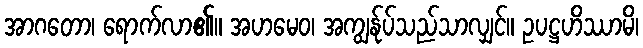
အာဂတော၊ ရောက်လာ၏။ အဟမေဝ၊ အကျွန်ုပ်သည်သာလျှင်။ ဥပဋ္ဌဟိဿာမိ၊